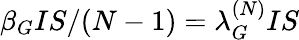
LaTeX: \beta_{G}IS/(N-1)=\lambda_{G}^{(N)}IS